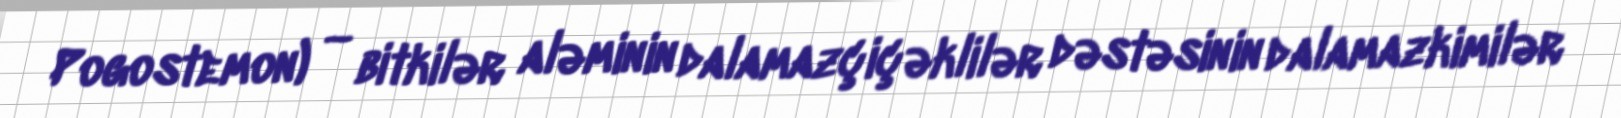
Pogostemon) — bitkilər aləminin dalamazçiçəklilər dəstəsinin dalamazkimilər